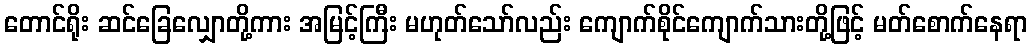
တောင်ရိုး ဆင်ခြေလျှောတို့ကား အမြင့်ကြီး မဟုတ်သော်လည်း ကျောက်စိုင်ကျောက်သားတို့ဖြင့် မတ်စောက်နေရာ